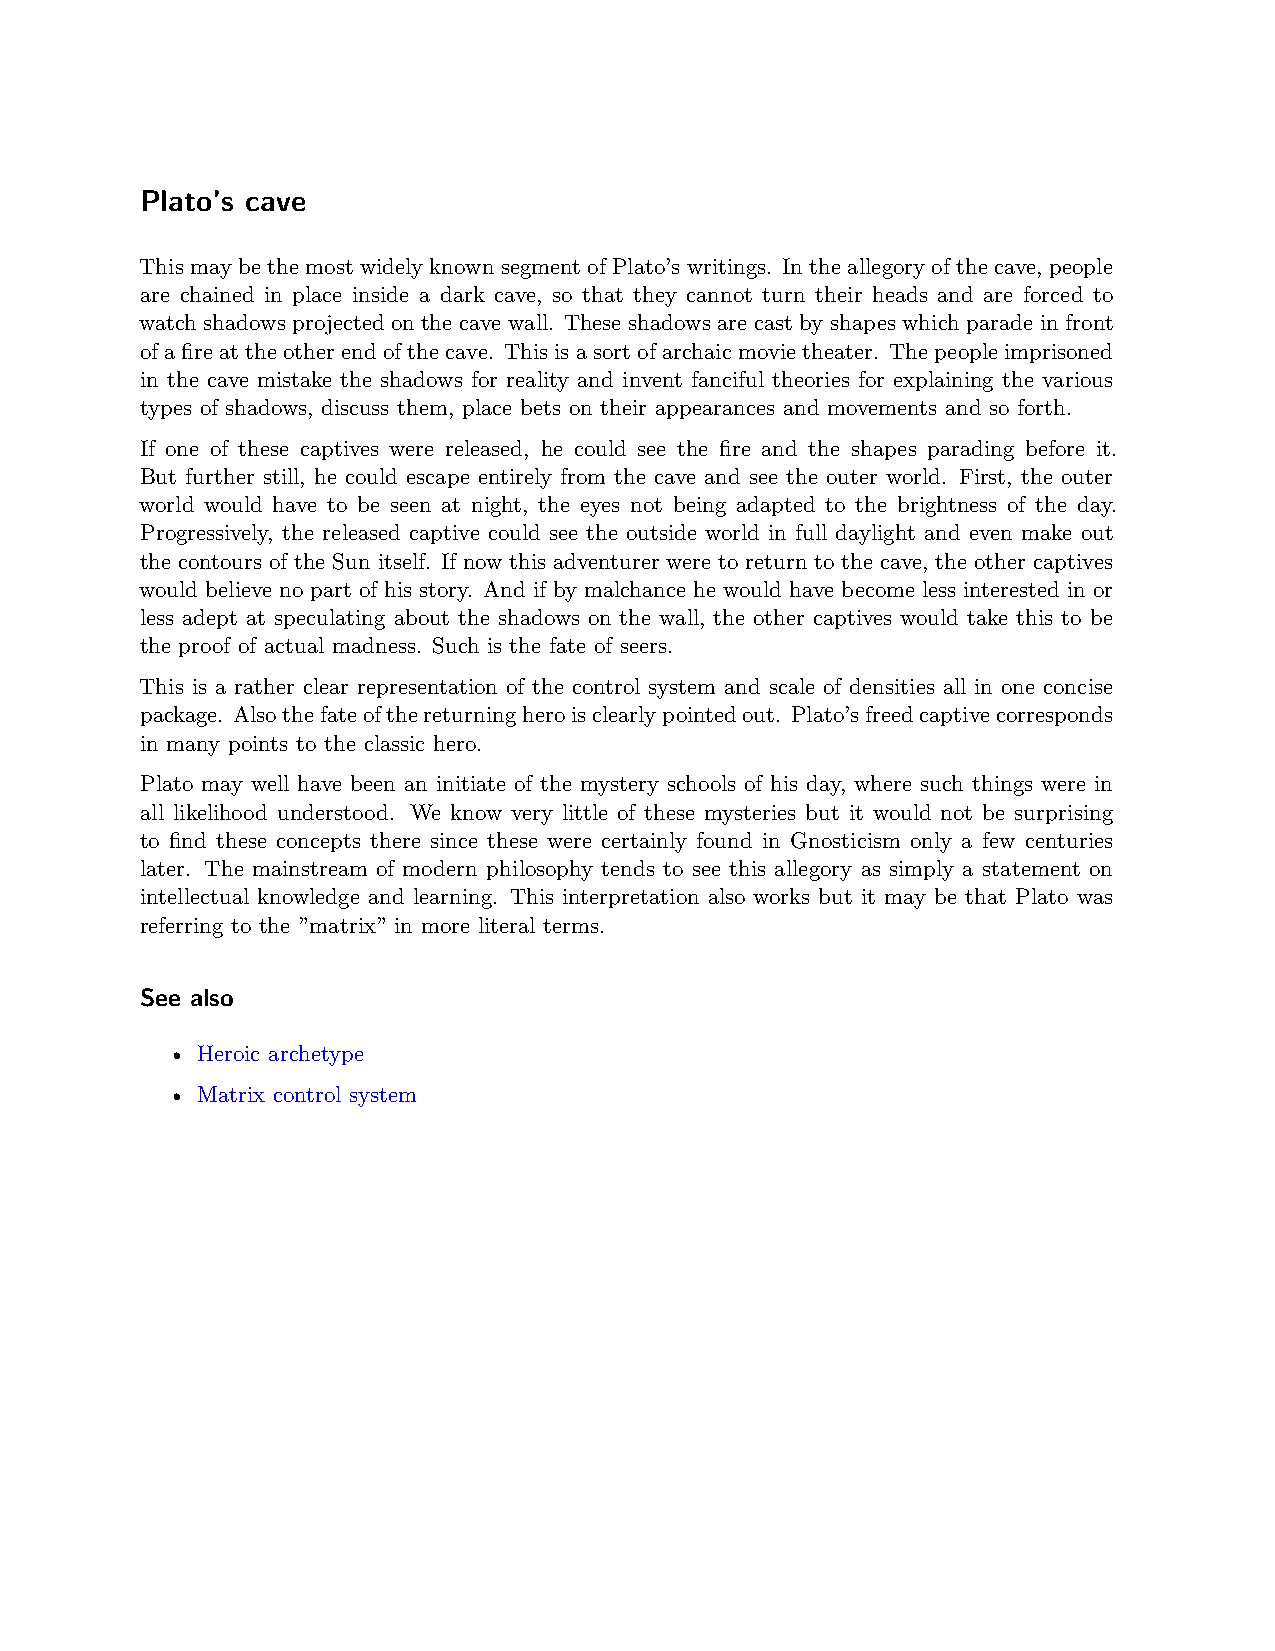
Plato’s cave
 This may be the most widely known segment of Plato’s writings. In the allegory of the cave, people
 are chained in place inside a dark cave, so that they cannot turn their heads and are forced to
 watch shadows projected on the cave wall. These shadows are cast by shapes which parade in front
 ofafireattheotherendofthecave. Thisisasortofarchaicmovietheater. Thepeopleimprisoned
 in the cave mistake the shadows for reality and invent fanciful theories for explaining the various
 types of shadows, discuss them, place bets on their appearances and movements and so forth.
 If one of these captives were released, he could see the fire and the shapes parading before it.
 But further still, he could escape entirely from the cave and see the outer world. First, the outer
 world would have to be seen at night, the eyes not being adapted to the brightness of the day.
 Progressively, the released captive could see the outside world in full daylight and even make out
 the contours of the Sun itself. If now this adventurer were to return to the cave, the other captives
 would believe no part of his story. And if by malchance he would have become less interested in or
 less adept at speculating about the shadows on the wall, the other captives would take this to be
 the proof of actual madness. Such is the fate of seers.
 This is a rather clear representation of the control system and scale of densities all in one concise
 package. Alsothefateofthereturningheroisclearlypointedout. Plato’sfreedcaptivecorresponds
 in many points to the classic hero.
 Plato may well have been an initiate of the mystery schools of his day, where such things were in
 all likelihood understood. We know very little of these mysteries but it would not be surprising
 to find these concepts there since these were certainly found in Gnosticism only a few centuries
 later. The mainstream of modern philosophy tends to see this allegory as simply a statement on
 intellectual knowledge and learning. This interpretation also works but it may be that Plato was
 referring to the ”matrix” in more literal terms.
 See also
 • Heroic archetype
 • Matrix control system